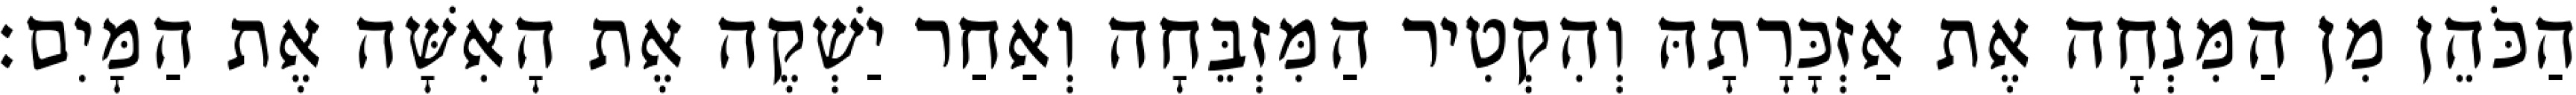
הַכֹּהֵן מִן הַמִּנְחָה אֶת אַזְכָּרָתָהּ וְהִקְטִיר הַמִּזְבֵּחָה וְאַחַר יַשְׁקֶה אֶת הָאִשָּׁה אֶת הַמָּיִם׃